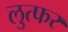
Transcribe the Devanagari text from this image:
लुत्फर